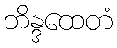
ဘိန္ဒထေတံ